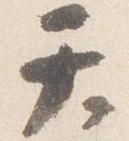
天